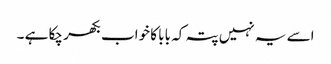
اسے یہ نہیں پتہ کہ بابا کا خواب بکھر چکا ہے ۔